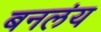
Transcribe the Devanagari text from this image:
बनलंय